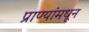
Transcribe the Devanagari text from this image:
प्राण्यांमधून